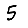
Digit: 5